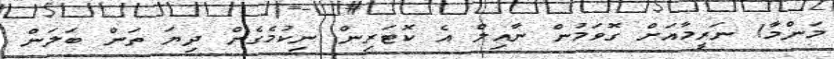
މަންމާ! ނަރީމާއަށް ގޮވަމުން ނާއިލް އެ ކޮޓަރިން ނިކުމެގެން ދިޔަ ތަން ބަލަން